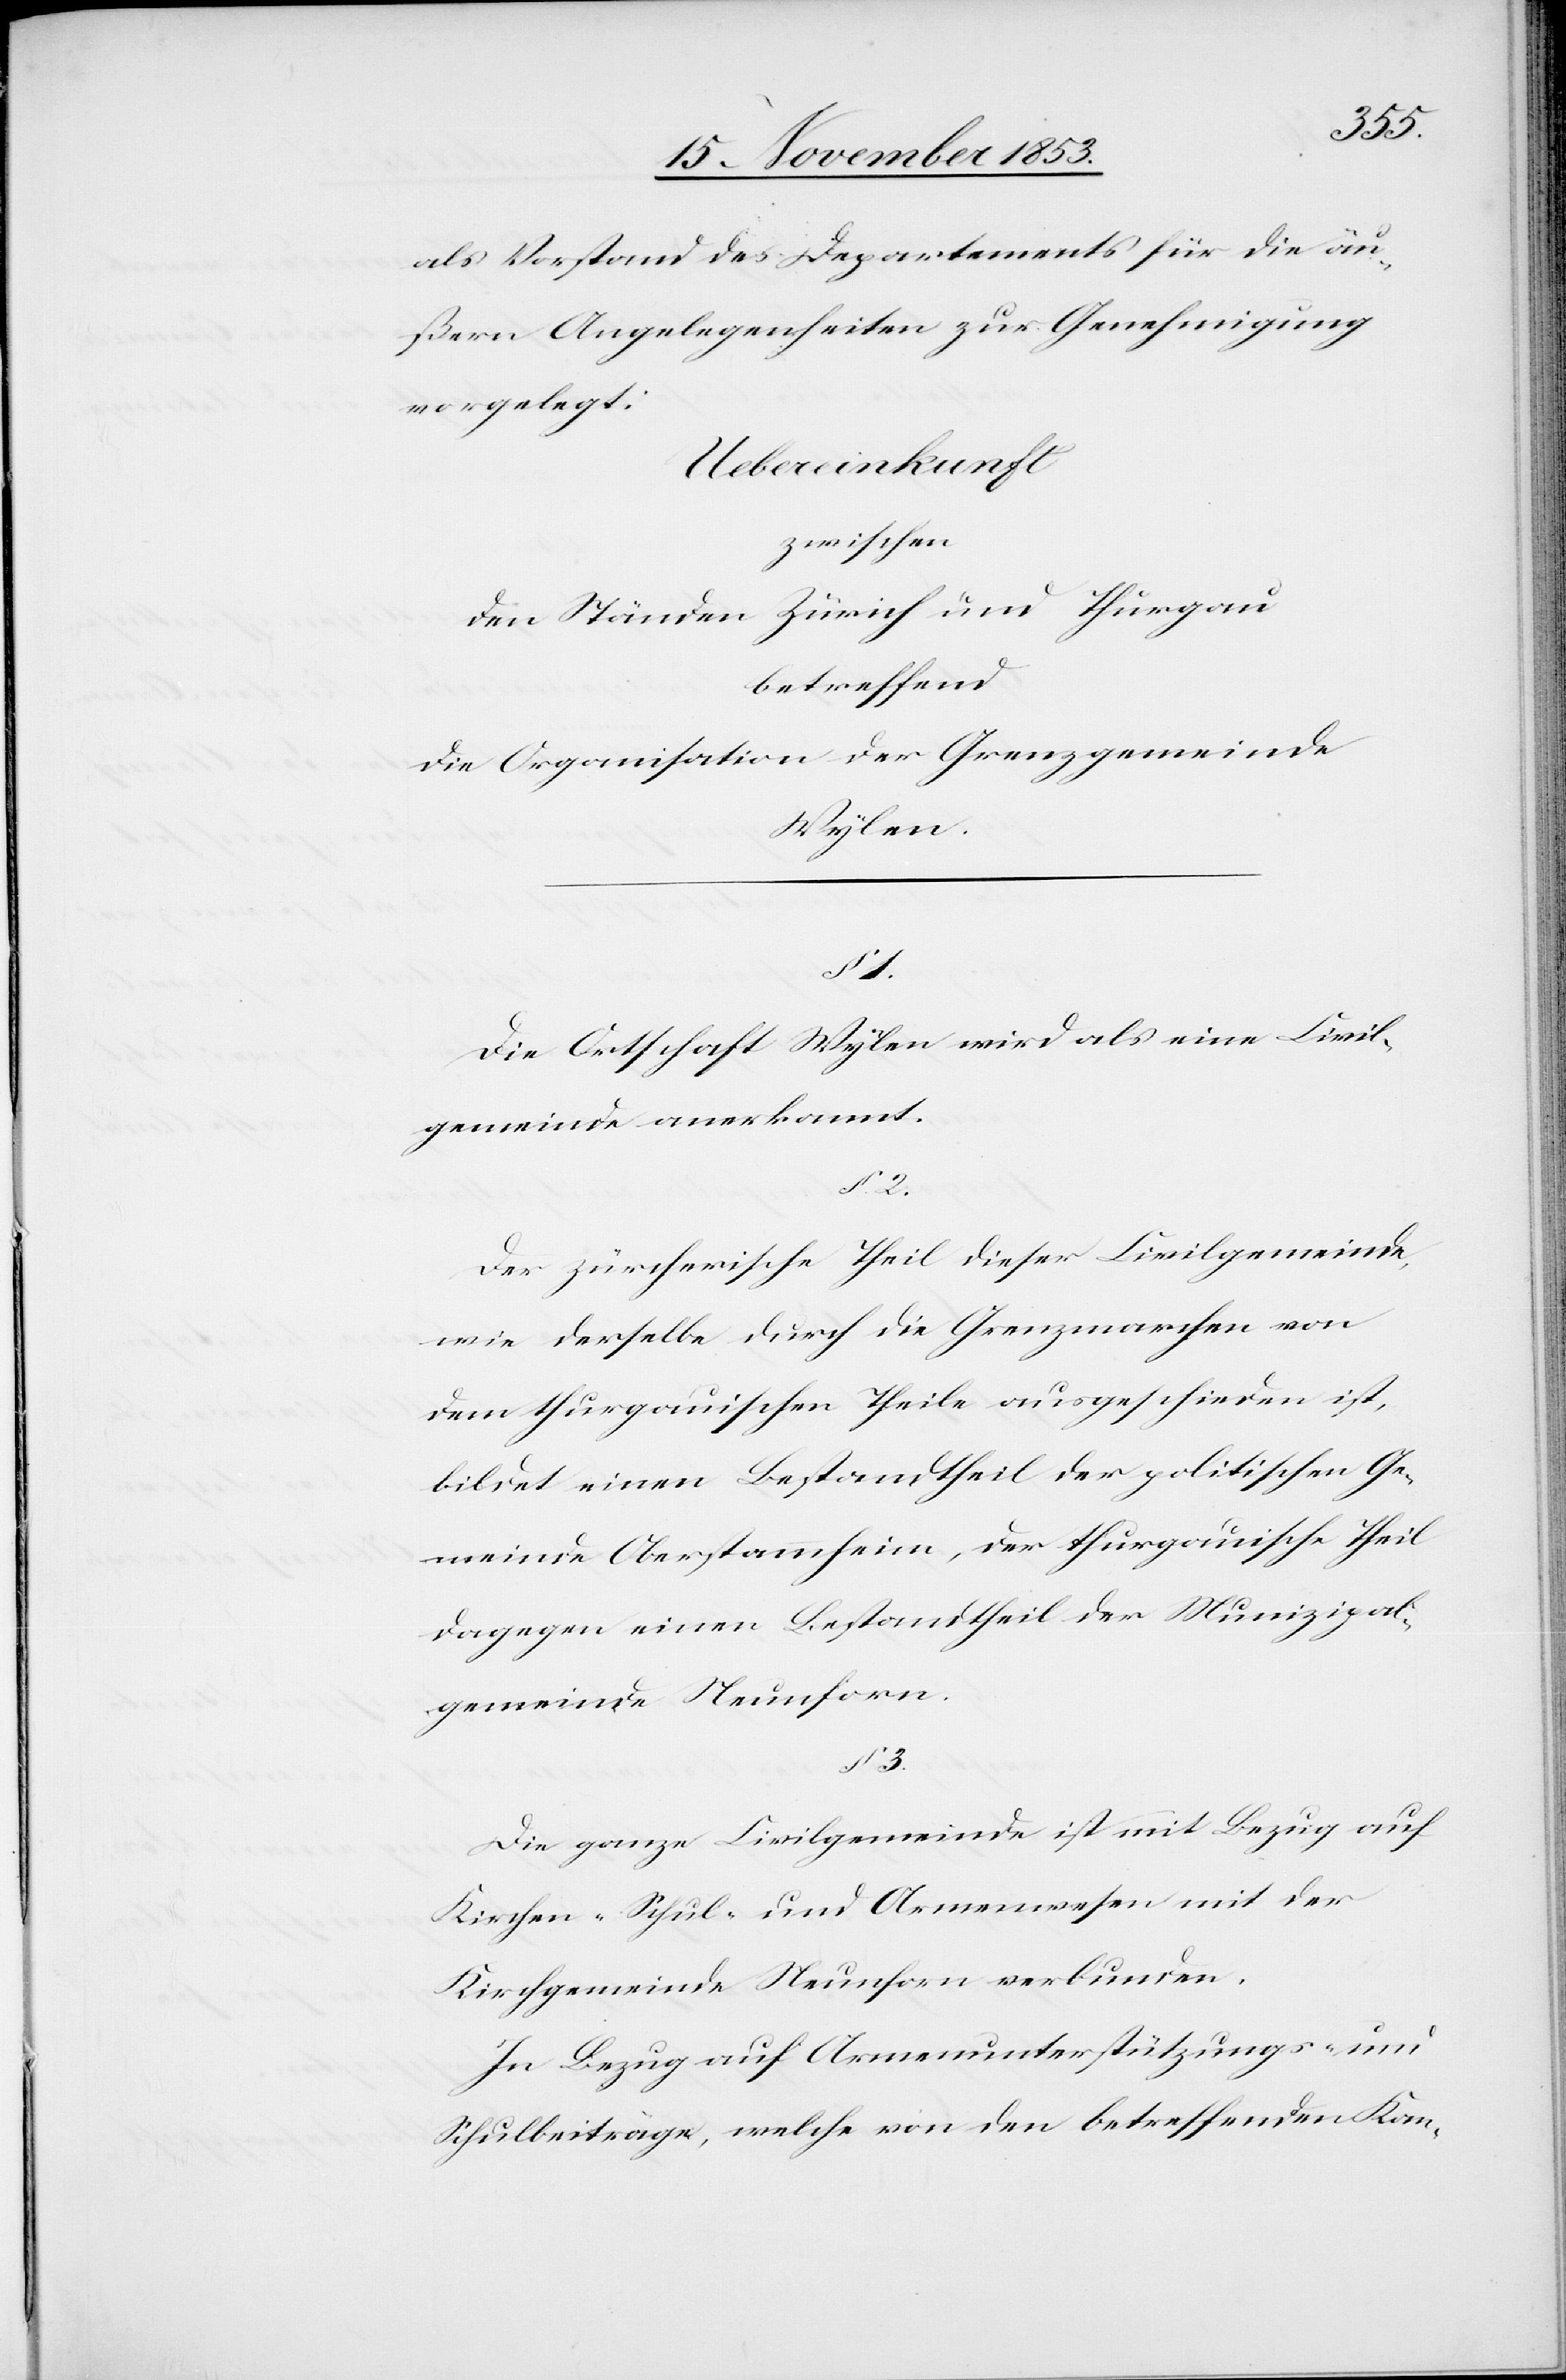
3.
als Vorstand des Departements für die äu¬
ßern Angelegenheiten zur Genehmigung
vorgelegt.
Uebereinkunft
zwischen
den Ständen Zürich und Thurgau
betreffend
Wylen.
§ 2.
Die Ortschaft Wylen wird als eine Civil¬
gemeinde anerkannt.
Der zürcherische Theil dieser Civilgemeinde,
wie derselbe durch die Grenzmarchen von
dem thurgauischen Theile ausgeschieden ist,
bildet einen Bestandtheil der politischen Ge¬
meinde Oberstammheim, der thurgauische Theil
dagegen einen Bestandtheil der Munizipal¬
gemeinde Neunforn.
Die ganze Civilgemeinde ist mit Bezug auf
Kirchen- Schul- und Armenwesen mit der
Kirchgemeinde Neunforn verbunden.
In Bezug auf Armenunterstützungs- und
Schulbeiträge, welche von den betreffenden Kan-